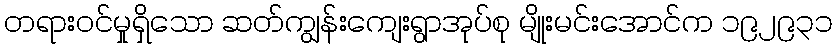
တရားဝင်မှုရှိသော ဆတ်ကျွန်းကျေးရွာအုပ်စု မျိုးမင်းအောင်က ၁၉၂၉၃၁